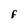
Character: F